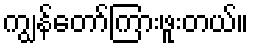
ကျွန်တော်ကြားဖူးတယ်။